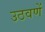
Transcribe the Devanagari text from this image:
उठवणें